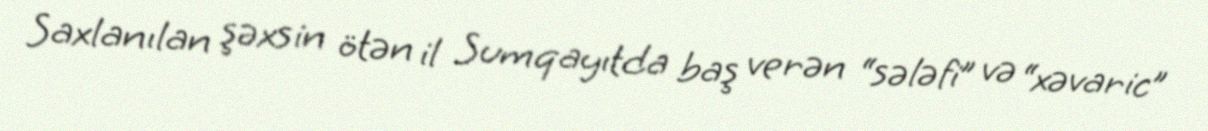
Saxlanılan şəxsin ötən il Sumqayıtda baş verən “sələfi” və “xəvaric”